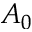
A _ { 0 }